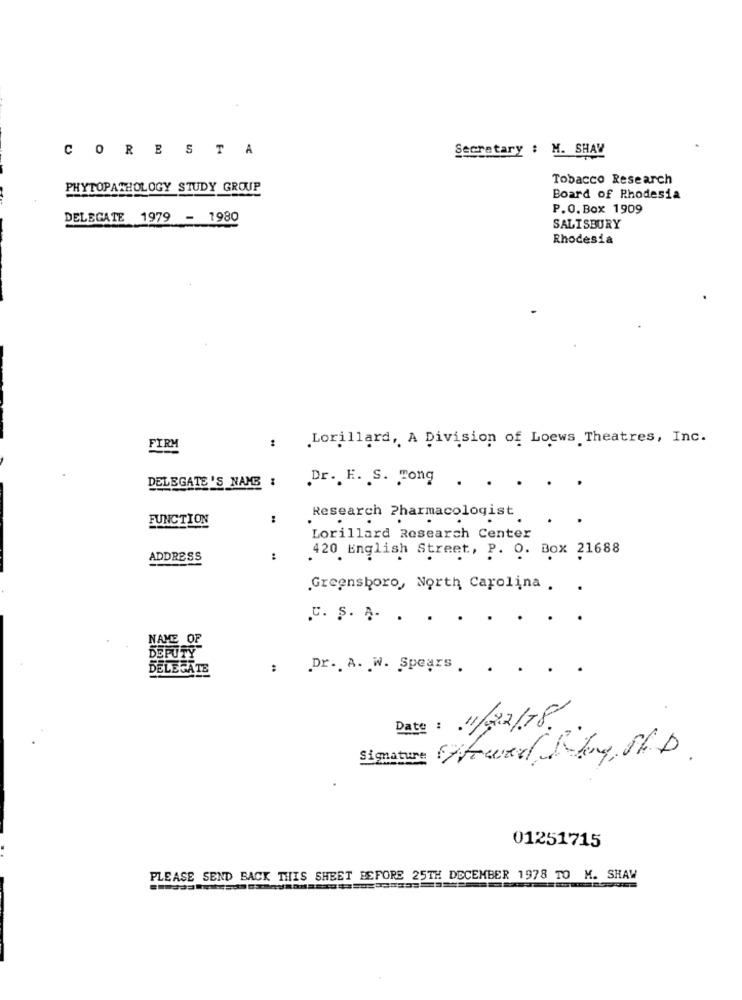
CORESTA
Secretary : M. SHAY
Tobacco Research
PHYTOPATHOLOGY STUDY GROUP
Board of Rhodesia
P.O. Box 1909
DELEGATE 1979 - 1980
SALISBURY
Rhodesia
: Lorillard, A Division of Loews Theatres, Inc.
FIRM
DELEGATE 'S NAME
Dr. E. S. Tong . . . . .
FUNCTION
:
Research Pharmacologist
Lorillard Research Center
ADDRESS
:
420 English Street, P. O. Box 21688
Greensboro, North Carolina .
.
.C. S. A. . .
.
.
NAME OF
DEPUTY
DELEGATE
:
Dr. A. W. Spears. . . . .
Date : 11/02/78
Signature Stewed, Why St.D.
01251715
PLEASE SEND BACK THIS SHEET BEFORE 25TH DECEMBER 1978 TO M. SHAW